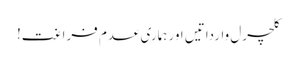
کلچرل وارداتیں اور ہماری عدم فراغت!